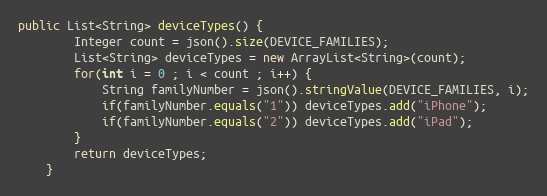
Language: Java
public List<String> deviceTypes() {
        Integer count = json().size(DEVICE_FAMILIES);
        List<String> deviceTypes = new ArrayList<String>(count);
        for(int i = 0 ; i < count ; i++) {
            String familyNumber = json().stringValue(DEVICE_FAMILIES, i);
            if(familyNumber.equals("1")) deviceTypes.add("iPhone");
            if(familyNumber.equals("2")) deviceTypes.add("iPad");
        }
        return deviceTypes;
    }